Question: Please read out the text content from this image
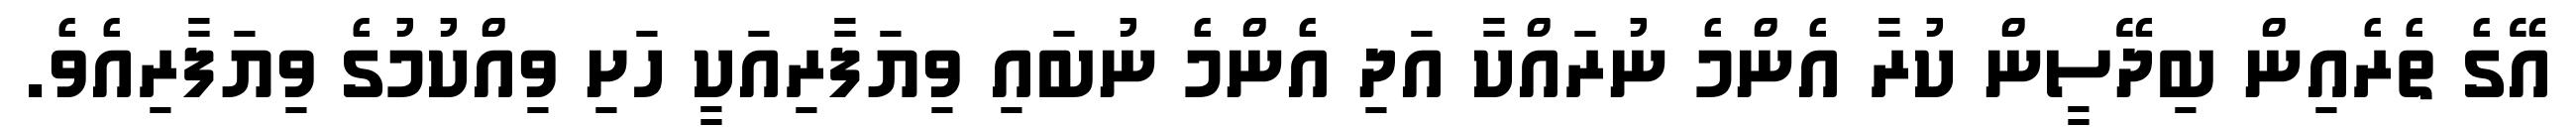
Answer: އޭގެ ތެރެއިން ބިދޭސީން ކުރާ އެންމެ ނުރައްކާ އަދި އެންމެ ނުބައި ވިޔަފާރިއަކީ ހަށި ވިއްކުމުގެ ވިޔަފާރިއެވެ.